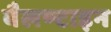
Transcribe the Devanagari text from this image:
बैलण्टाइन